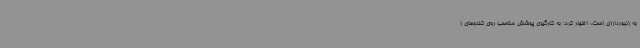
به زنبورداران است، اظهار کرد: به کارگیری پوشش مناسب روی کندوهای ز